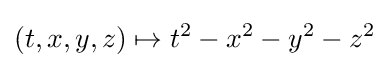
(t,x,y,z)\mapsto t^{2}-x^{2}-y^{2}-z^{2}